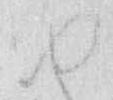
ゆ